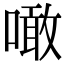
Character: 噉